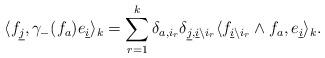
LaTeX: \begin{align*}\langle f_{\underline{j}},\gamma_{-}(f_{a})e_{\underline{i}}\rangle_{k}=\sum_{r=1}^{k}\delta_{a,i_{r}}\delta_{\underline{j},\underline{i}\backslash i_{r}}\langle f_{\underline{i}\backslash i_{r}}\wedge f_{a},e_{\underline{i}}\rangle_{k}.\end{align*}